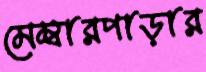
মেম্বারপাড়ার